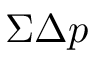
\Sigma \Delta p